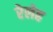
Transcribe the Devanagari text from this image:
रेलेह